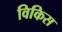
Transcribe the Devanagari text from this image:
विकिस